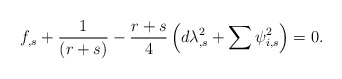
\begin{align*}f_{,s}+\frac{1}{\left(r+s\right)} - \frac{r+s}{4} \left( d \lambda_{,s}^2 +\sum \psi_{i,s}^2 \right) =0. \end{align*}